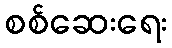
စစ်ဆေးရေး